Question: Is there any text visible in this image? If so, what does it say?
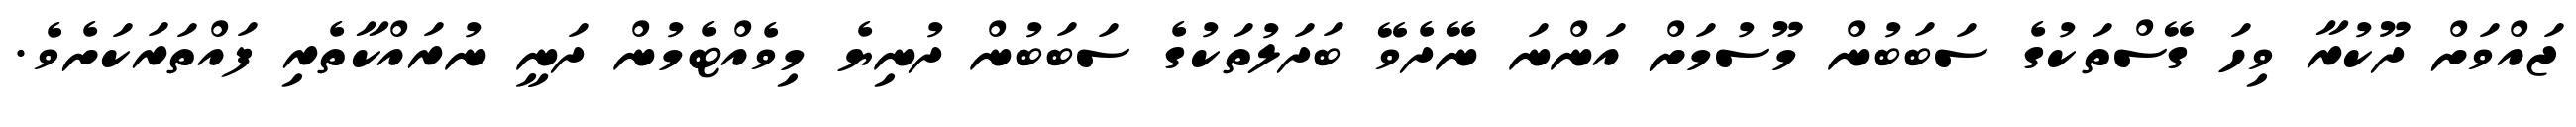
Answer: ޖައްވަށް ދޫކުރާ ވިހަ ގޭސްތަކުގެ ސަބަބުން މޫސުމަށް އަންނަ ނޭދެވޭ ބަދަލުތަކުގެ ސަބަބުން ދުނިޔެ މިވެއްޓެމުން ދަނީ ނުރައްކާތެރި ފައްތަރަކަށެވެ.